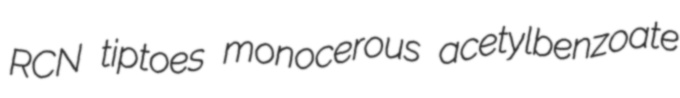
RCN tiptoes monocerous acetylbenzoate